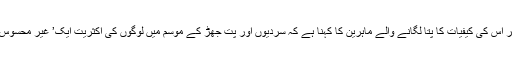
انسان کے ذہن میں جھانک کر اس کی کیفیات کا پتا لگانے والے ماہرین کا کہنا ہے کہ سردیوں اور پت جھڑ کے موسم میں لوگوں کی اکثریت ایک’ غیر محسوس اداسی ‘کا شکار ہوجاتی ہے۔